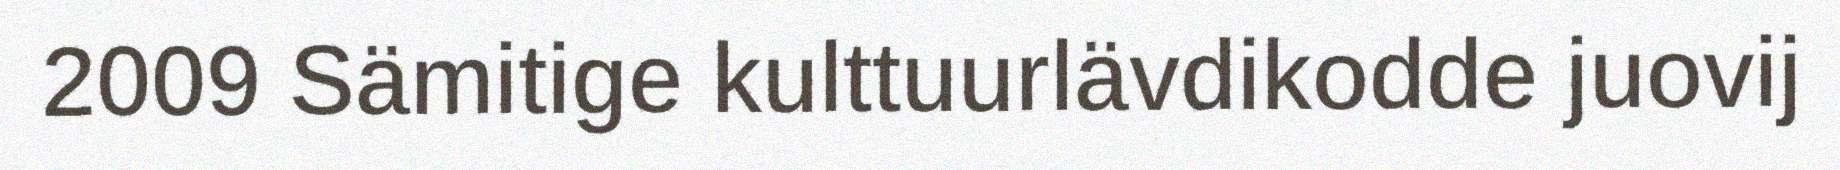
2009 Sämitige kulttuurlävdikodde juovij